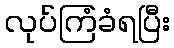
လုပ်ကြံခံရပြီး